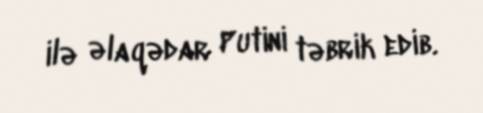
ilə əlaqədar Putini təbrik edib.